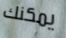
يمكنك